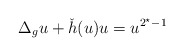
\begin{align*}\Delta_g u+ \check{h}(u)u=u^{2^\star-1}\end{align*}